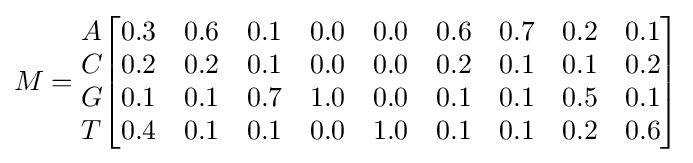
M={\begin{matrix}A\\C\\G\\T\end{matrix}}{\begin{bmatrix}0.3&0.6&0.1&0.0&0.0&0.6&0.7&0.2&0.1\\0.2&0.2&0.1&0.0&0.0&0.2&0.1&0.1&0.2\\0.1&0.1&0.7&1.0&0.0&0.1&0.1&0.5&0.1\\0.4&0.1&0.1&0.0&1.0&0.1&0.1&0.2&0.6\end{bmatrix}}